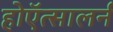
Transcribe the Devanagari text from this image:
होऍत्सालर्न